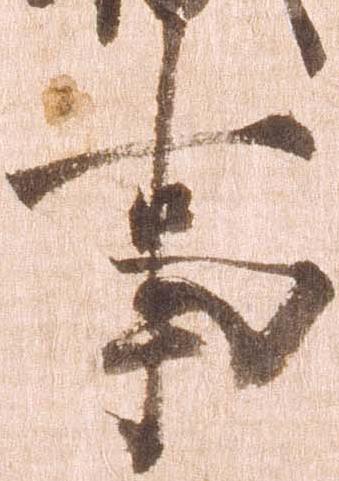
事